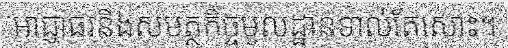
អាជ្ញាធរនិងសមត្ថកិច្ចមូលដ្ឋានទាល់តែសោះ។